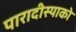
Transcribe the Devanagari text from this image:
पारादीस्याको